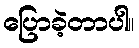
ပြောခဲ့တာပါ။